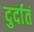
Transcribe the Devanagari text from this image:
दुर्दातं